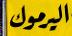
اليرموك